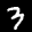
Label: 3